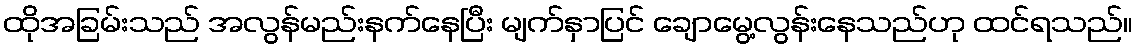
ထိုအခြမ်းသည် အလွန်မည်းနက်နေပြီး မျက်နှာပြင် ချောမွေ့လွန်းနေသည်ဟု ထင်ရသည်။